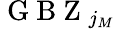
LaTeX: \mathrm{~G~B~Z~}_{j_{M}}